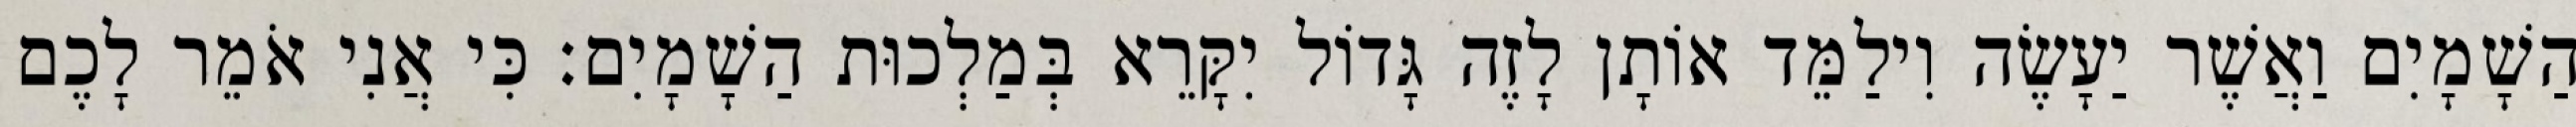
הַשָׁמָיִם וַאֲשֶׁר יַעָשֶׂה וִילַמֵּד אוֹתָן לָזֶה גָּדוֹל יִקָּרֵא בְּמַלְכוּת הַשָׁמָיִם׃ כִּי אֲנִי אֹמֵר לָכֶם